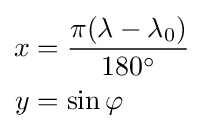
{\begin{aligned}x&={\frac {\pi (\lambda -\lambda _{0})}{180^{\circ }}}\\y&=\sin \varphi \end{aligned}}